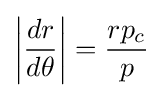
\left|{\frac {dr}{d\theta }}\right|={\frac {rp_{c}}{p}}